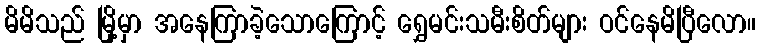
မိမိသည် မြို့မှာ အနေကြာခဲ့သောကြောင့် ရွှေမင်းသမီးစိတ်များ ဝင်နေမိပြီလော။